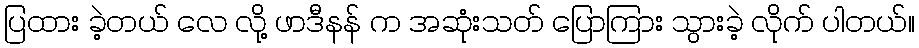
ပြထား ခဲ့တယ် လေ လို့ ဖာဒီနန် က အဆုံးသတ် ပြောကြား သွားခဲ့ လိုက် ပါတယ်။